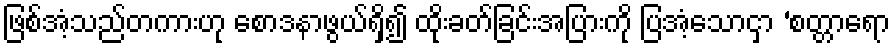
ဖြစ်အံ့သည်တကားဟု စောဒနာဖွယ်ရှိ၍ ထိုးခတ်ခြင်းအပြားကို ပြအံ့သောငှာ ‘စတ္တာရော